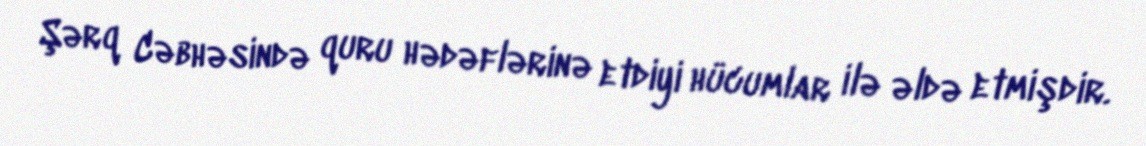
Şərq Cəbhəsində quru hədəflərinə etdiyi hücumlar ilə əldə etmişdir.